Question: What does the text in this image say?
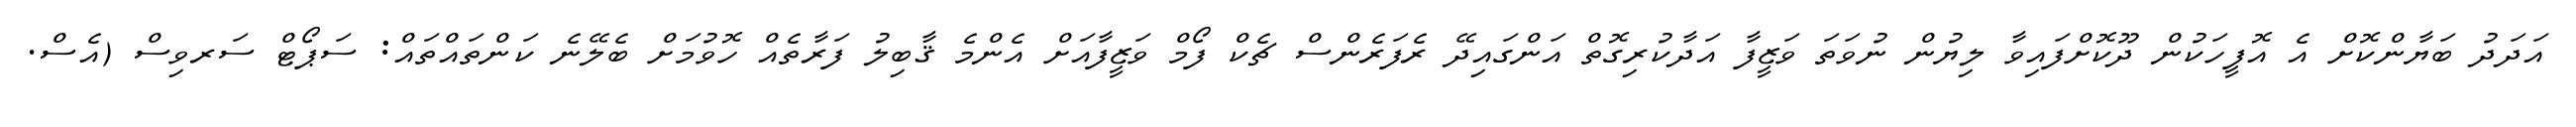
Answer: އަދަދު ބަޔާންކޮށް އެ އޮފީހަކުން ދޫކޮށްފައިވާ ލިޔުން ނުވަތަ ވަޒީފާ އަދާކުރިގޮތް އަންގައިދޭ ރެފަރެންސް ޗެކް ފޯމް ވަޒީފާއަށް އެންމެ ޤާބިލު ފަރާތެއް ހޮވުމަށް ބެލޭނެ ކަންތައްތައް: ސަޕޯޓް ސަރވިސް (އެސް.